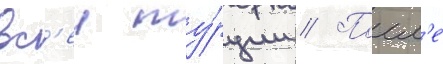
вс'еи ту́рции // Посл'е